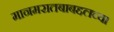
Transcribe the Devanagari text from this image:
मानमरातबाबद्दलच्या